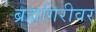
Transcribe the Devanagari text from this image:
ब्रह्मगिरीवर